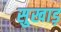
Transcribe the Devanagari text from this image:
सुखाड़